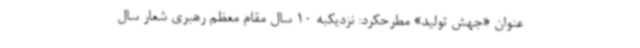
عنوان «جهش تولید» مطرحکرد: نزدیکبه 10 سال مقام معظم رهبری شعار سال